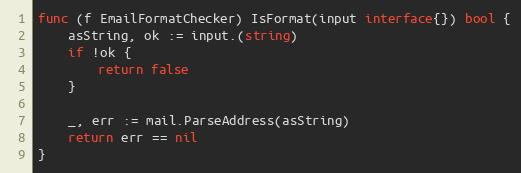
Language: Go
func (f EmailFormatChecker) IsFormat(input interface{}) bool {
	asString, ok := input.(string)
	if !ok {
		return false
	}

	_, err := mail.ParseAddress(asString)
	return err == nil
}